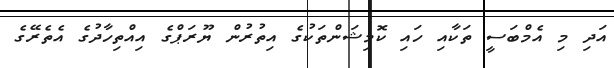
އަދި މި އެމްބަސީ ތަކާއި ހައި ކޮމިޝަންތަކުގެ އިތުރުން ޔޫރަޕްގެ އިއްތިހާދުގެ އެތެރޭގެ